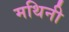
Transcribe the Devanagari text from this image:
मथिनी